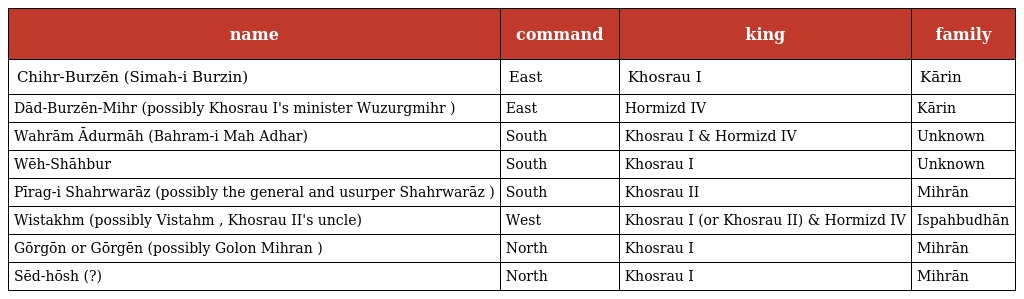
| name | command | king | family |
 | --- | --- | --- | --- |
 | Chihr-Burzēn (Simah-i Burzin) | East | Khosrau I | Kārin |
 | Dād-Burzēn-Mihr (possibly Khosrau I's minister Wuzurgmihr ) | East | Hormizd IV | Kārin |
 | Wahrām Ādurmāh (Bahram-i Mah Adhar) | South | Khosrau I & Hormizd IV | Unknown |
 | Wēh-Shāhbur | South | Khosrau I | Unknown |
 | Pīrag-i Shahrwarāz (possibly the general and usurper Shahrwarāz ) | South | Khosrau II | Mihrān |
 | Wistakhm (possibly Vistahm , Khosrau II's uncle) | West | Khosrau I (or Khosrau II) & Hormizd IV | Ispahbudhān |
 | Gōrgōn or Gōrgēn (possibly Golon Mihran ) | North | Khosrau I | Mihrān |
 | Sēd-hōsh (?) | North | Khosrau I | Mihrān |